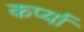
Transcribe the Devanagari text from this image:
कर्प्या